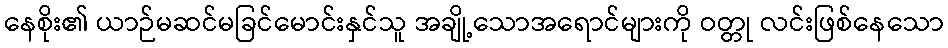
နေစိုး၏ ယာဉ်မဆင်မခြင်မောင်းနှင်သူ အချို့သောအရောင်များကို ဝတ္တု လင်းဖြစ်နေသော